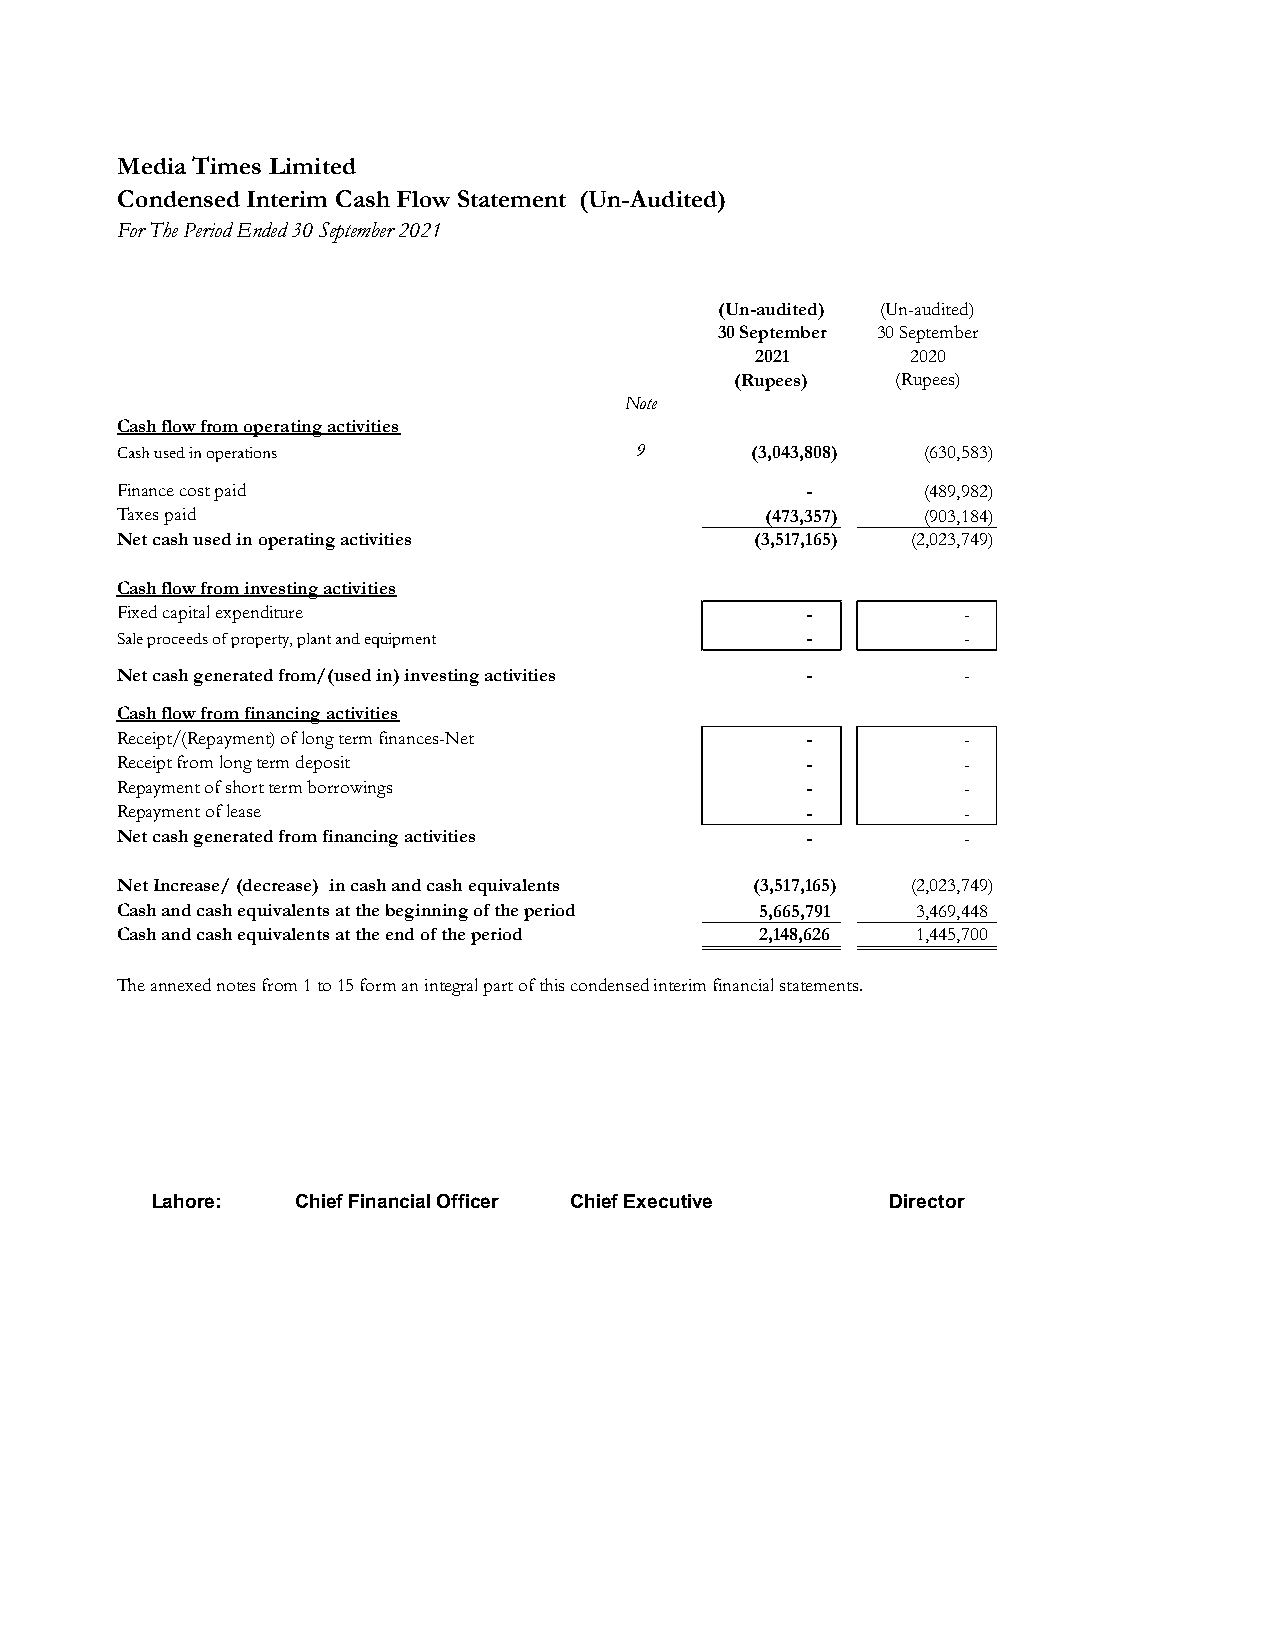
Media Times Limited
 Condensed Interim Cash Flow Statement (Un-Audited)
 For The Period Ended 30 September 2021
 (Un-audited) (Un-audited)
 30 September 30 September
 2021      2020
 (Rupees)  (Rupees)
 Note
 Cash flow from operating activities
 Cash used in operations           9       (3,043,808) (630,583)
 Finance cost paid                            -       (489,982)
 Taxes paid                                 (473,357) (903,184)
 Net cash used in operating activities (3,517,165)   (2,023,749)
 Cash flow from investing activities
 Fixed capital expenditure                    -          -
 Sale proceeds of property, plant and equipment -        -
 Net cash generated from/(used in) investing activities - -
 Cash flow from financing activities
 Receipt/(Repayment) of long term finances-Net -         -
 Receipt from long term deposit               -          -
 Repayment of short term borrowings           -          -
 Repayment of lease                           -          -
 Net cash generated from financing activities -          -
 Net Increase/ (decrease) in cash and cash equivalents (3,517,165) (2,023,749)
 Cash and cash equivalents at the beginning of the period 5,665,791 3,469,448
 Cash and cash equivalents at the end of the period 2,148,626 1,445,700
 The annexed notes from 1 to 15 form an integral part of this condensed interim financial statements.
 Lahore: Chief Financial Officer Chief Executive Director